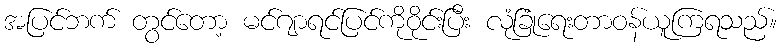
အပြင်ဘက် တွင်တော့ မင်ဂျာရင်ပြင်ကိုဝိုင်းပြီး လုံခြုံရေးတာဝန်ယူကြရသည်။